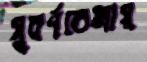
সুবর্ণরেখায়